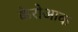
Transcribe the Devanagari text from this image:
केरोआक